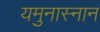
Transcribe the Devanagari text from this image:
यमुनास्नान